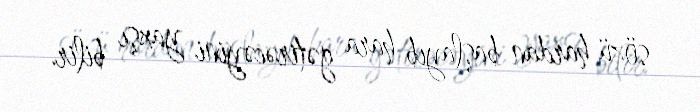
sözü hardan başlayıb hara gətirəcəyini yaxşı bilir.